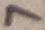
Text: 7